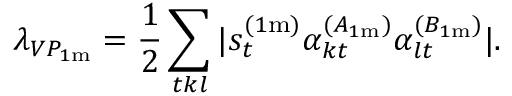
\lambda _ { V P _ { 1 \mathrm { m } } } = \frac { 1 } { 2 } \sum _ { t k l } | s _ { t } ^ { ( 1 \mathrm { m } ) } \alpha _ { k t } ^ { ( A _ { 1 \mathrm { m } } ) } \alpha _ { l t } ^ { ( B _ { 1 \mathrm { m } } ) } | .